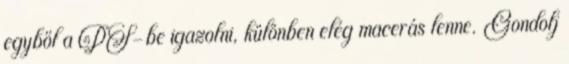
egyből a PS-be igazolni, különben elég macerás lenne. Gondolj